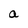
Character: a